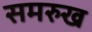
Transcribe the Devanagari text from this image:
समरुख